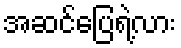
အဆင်ပြေရဲ့လား